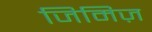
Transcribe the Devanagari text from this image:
जिमिज़